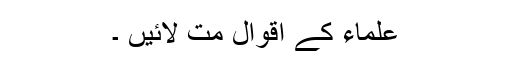
علماء کے اقوال مت لائیں ۔